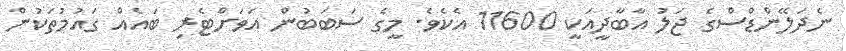
ނެދަލޭންޑްސްގެ ޖަލު އާބާދީއަކީ 11600 އެކެވެ. މީގެ ސަބަބުން އަވަށްޓެރި ބައެއް ގައުމުތަކުން